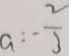
a = - \frac { 2 } { 3 }